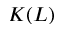
K ( L )